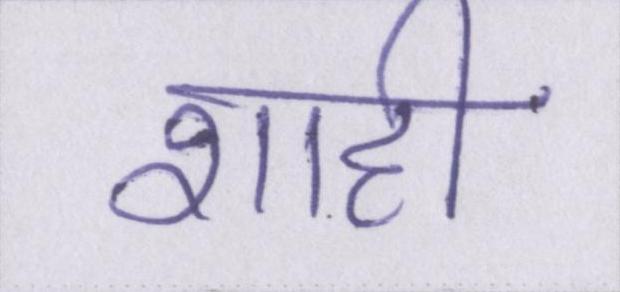
शाही